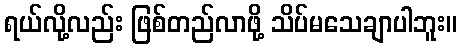
ရယ်လို့လည်း ဖြစ်တည်လာဖို့ သိပ်မသေချာပါဘူး။